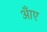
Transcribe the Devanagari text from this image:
आँए